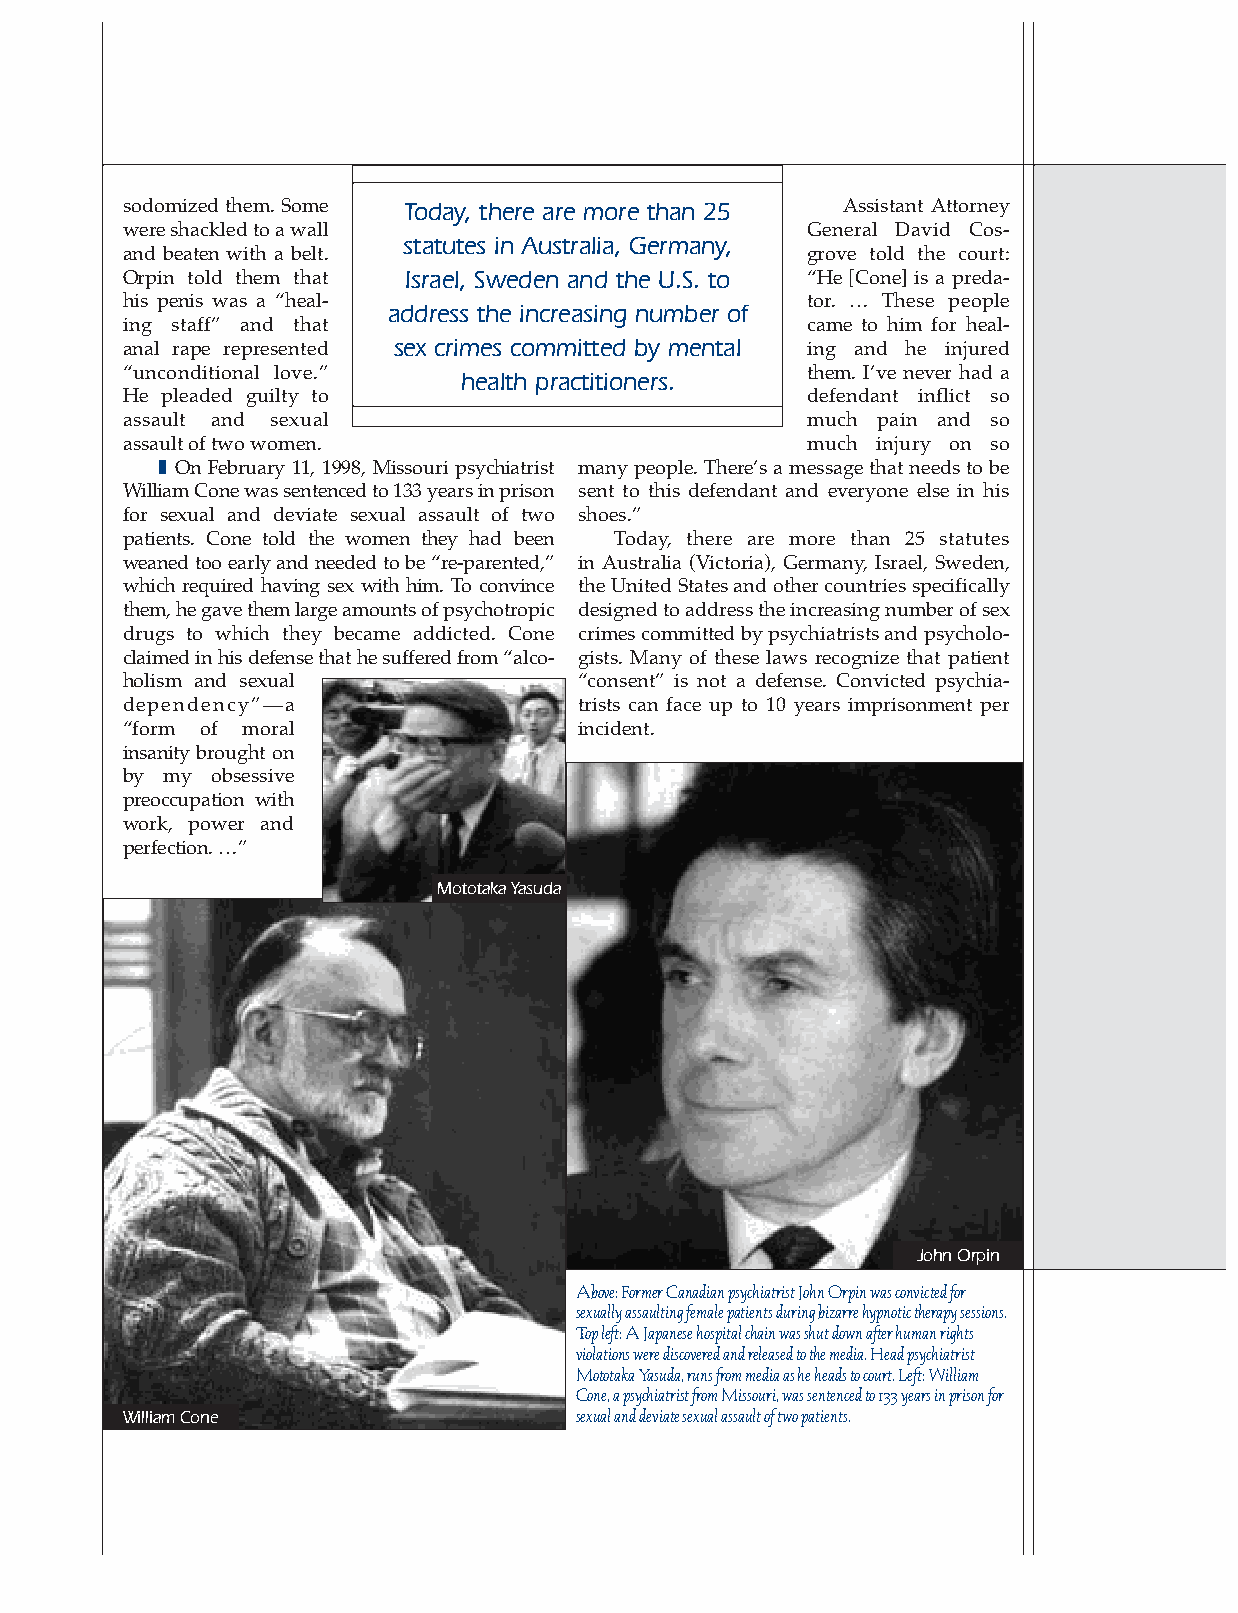
sodomized them. Some Today, there are more than 25 Assistant Attorney
 were shackled to a wall                      General David Cos-
 statutes in Australia, Germany,
 and beaten with a belt.                      grove told the court:
 Orpin told them that Israel, Sweden and the U.S. to “He [Cone] is a preda-
 his penis was a “heal-                       tor. … These people
 address the increasing number of
 ing staff” and that                          came to him for heal-
 anal rape represented sex crimes committed by mental ing and he injured
 “unconditional love.” health practitioners.  them. I’ve never had a
 He pleaded guilty to                         defendant inflict so
 assault and sexual                           much pain and so
 assault of two women.                        much injury on so
 ❚ On February 11, 1998, Missouri psychiatrist many people. There’s a message that needs to be
 William Cone was sentenced to 133 years in prison sent to this defendant and everyone else in his
 for sexual and deviate sexual assault of two shoes.”
 patients. Cone told the women they had been Today, there are more than 25 statutes
 weaned too early and needed to be “re-parented,” in Australia (Victoria), Germany, Israel, Sweden,
 which required having sex with him. To convince the United States and other countries specifically
 them, he gave them large amounts of psychotropic designed to address the increasing number of sex
 drugs to which they became addicted. Cone crimes committed by psychiatrists and psycholo-
 claimed in his defense that he suffered from “alco- gists. Many of these laws recognize that patient
 holism and sexual             “consent” is not a defense. Convicted psychia-
 dependency”—a                 trists can face up to 10 years imprisonment per
 “form of moral                incident.
 insanity brought on
 by my obsessive
 preoccupation with
 work, power and
 perfection. …”
 Mototaka Yasuda
 John Orpin
 Above: Former Canadian psychiatrist John Orpin was convicted for
 sexually assaulting female patients during bizarre hypnotic therapy sessions.
 Top left: A Japanese hospital chain was shut down after human rights
 violations were discovered and released to the media. Head psychiatrist
 Mototaka Yasuda, runs from media as he heads to court. Left:William
 Cone, a psychiatrist from Missouri, was sentenced to 133 years in prison for
 William Cone                  sexual and deviate sexual assault of two patients.